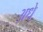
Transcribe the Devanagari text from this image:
अधे